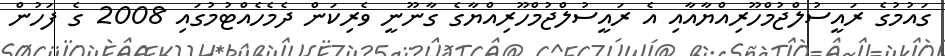
ގައުމުގެ ރައީސުލްޖުމްހޫރިއްޔާއާއި އެ ރައީސުލްޖުމްހޫރިއްޔާގެ ގާނޫނީ ވެރިކަން ދެމެހެއްޓުމުގައި 2008 ގެ ފަހުން